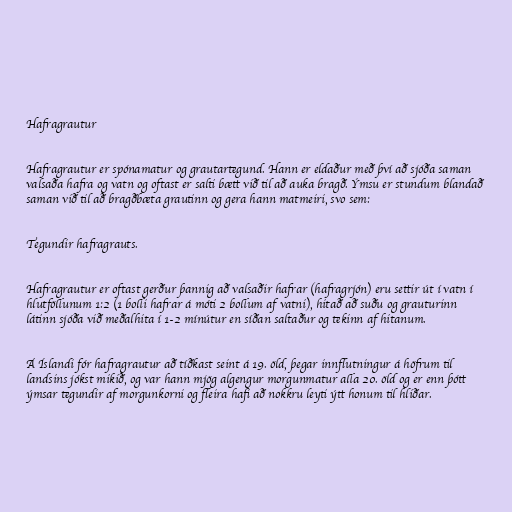
Hafragrautur

Hafragrautur er spónamatur og grautartegund. Hann er eldaður með því að sjóða saman
valsaða hafra og vatn og oftast er salti bætt við til að auka bragð. Ýmsu er stundum blandað
saman við til að bragðbæta grautinn og gera hann matmeiri, svo sem:

Tegundir hafragrauts.

Hafragrautur er oftast gerður þannig að valsaðir hafrar (hafragrjón) eru settir út í vatn í
hlutföllunum 1:2 (1 bolli hafrar á móti 2 bollum af vatni), hitað að suðu og grauturinn
látinn sjóða við meðalhita í 1-2 mínútur en síðan saltaður og tekinn af hitanum.

Á Íslandi fór hafragrautur að tíðkast seint á 19. öld, þegar innflutningur á höfrum til
landsins jókst mikið, og var hann mjög algengur morgunmatur alla 20. öld og er enn þótt
ýmsar tegundir af morgunkorni og fleira hafi að nokkru leyti ýtt honum til hliðar.